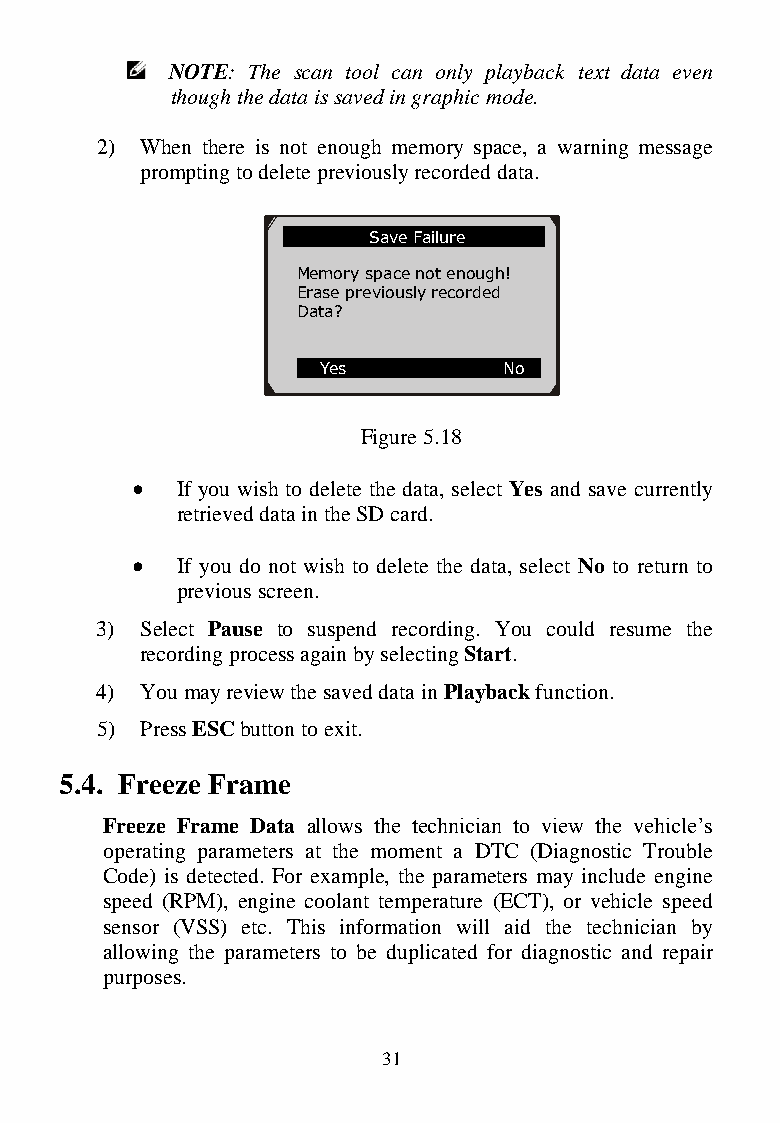
NOTE: The scan tool can only playback text data even
 though the data is saved in graphic mode.
 2) When there is not enough memory space, a warning message
 prompting to delete previously recorded data.
 Save Failure
 Memory space not enough!
 Erase previously recorded
 Data?
 Yes         No
 Figure 5.18
   If you wish to delete the data, select Yes and save currently
 retrieved data in the SD card.
   If you do not wish to delete the data, select No to return to
 previous screen.
 3) Select Pause to suspend recording. You could resume the
 recording process again by selecting Start.
 4) You may review the saved data in Playback function.
 5) Press ESC button to exit.
 5.4. Freeze Frame
 Freeze Frame Data allows the technician to view the vehicle’s
 operating parameters at the moment a DTC (Diagnostic Trouble
 Code) is detected. For example, the parameters may include engine
 speed (RPM), engine coolant temperature (ECT), or vehicle speed
 sensor (VSS) etc. This information will aid the technician by
 allowing the parameters to be duplicated for diagnostic and repair
 purposes.
 31